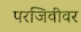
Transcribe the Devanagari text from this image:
परजिवींवर